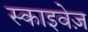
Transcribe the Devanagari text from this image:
स्काइवेज़